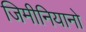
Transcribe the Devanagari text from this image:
जिमीनियानो